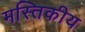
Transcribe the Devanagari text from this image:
मस्तिकीय